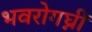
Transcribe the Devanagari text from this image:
भवरोगघ्नीं